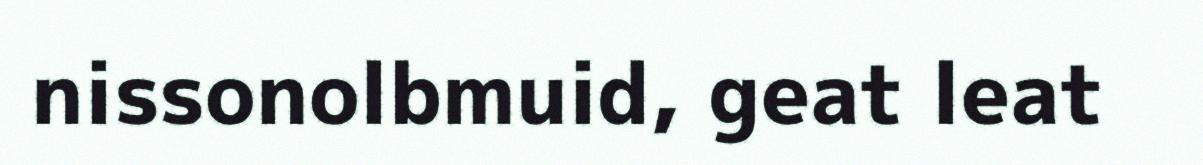
nissonolbmuid, geat leat